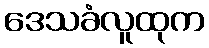
ဒေသခံလူထုက